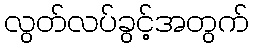
လွတ်လပ်ခွင့်အတွက်